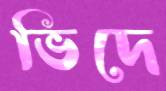
ভিদে